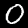
Label: 0